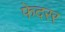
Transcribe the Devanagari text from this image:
फेदरर